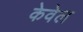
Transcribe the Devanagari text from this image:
केवेल